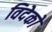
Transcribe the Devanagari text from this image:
विदेको